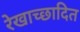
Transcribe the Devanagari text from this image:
रेखाच्छादित